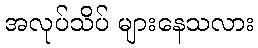
အလုပ်သိပ် များနေသလား